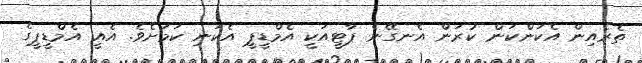
ތެރެއިން އެކަންކަން ކުރަން އެނގޭނެ ޕާޓީއަކީ އެމްޑީޕީ އެކަނި ކަމަށެވެ. އެއީ އެމްޑީޕީގެ